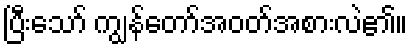
ပြီးသော် ကျွန်တော်အဝတ်အစားလဲ၏။